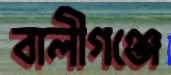
বালীগঞ্জে